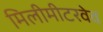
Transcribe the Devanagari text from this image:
मिलीमीटरवेव